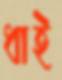
ধাই